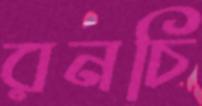
রনচি